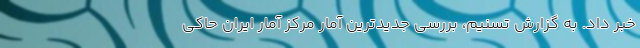
خبر داد. به گزارش تسنیم، بررسی جدیدترین آمار مرکز آمار ایران حاکی